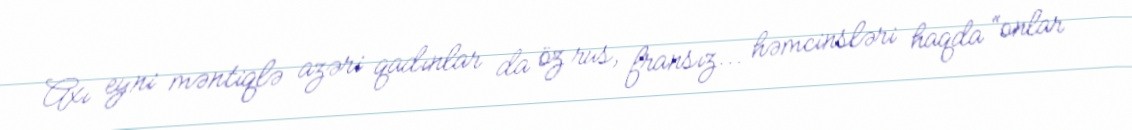
Axı eyni məntiqlə azəri qadınlar da öz rus, fransız... həmcinsləri haqda “onlar